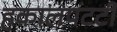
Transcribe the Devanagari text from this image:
हकालपटटी